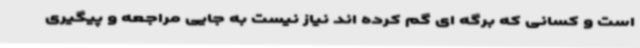
است و کسانی که برگه ای گم کرده اند نیاز نیست به جایی مراجعه و پیگیری